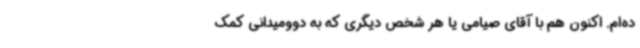
ده‌ام. اکنون هم با آقای صیامی یا هر شخص دیگری که به دوومیدانی کمک